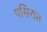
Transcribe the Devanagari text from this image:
पसिरात